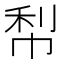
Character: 𭘢